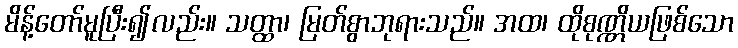
မိန့်တော်မူပြီး၍လည်း။ သတ္ထာ၊ မြတ်စွာဘုရားသည်။ အထ၊ ထိုစုဏ္ဏိယဖြစ်သော